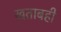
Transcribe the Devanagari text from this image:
खताबही